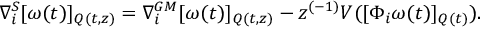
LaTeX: \nabla _ { i } ^ { S } [ \omega ( t ) ] _ { Q ( t , z ) } = \nabla _ { i } ^ { G M } [ \omega ( t ) ] _ { Q ( t , z ) } - z ^ { ( - 1 ) } V ( [ \Phi _ { i } \omega ( t ) ] _ { Q ( t ) } ) .